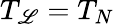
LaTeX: T_{\mathscr{L}}=T_{N}